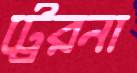
ট্রেরনা